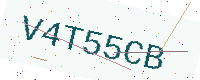
Text: V4T55CB